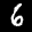
Label: 6